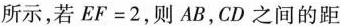
所示，若$$EF=2$$，则AB，CD之间的距